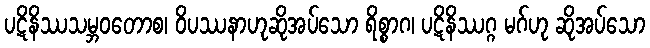
ပဋိနိဿသမ္ဘဝတောစ၊ ဝိပဿနာဟုဆိုအပ်သော ရိစ္စာဂ၊ ပဋိနိဿဂ္ဂ မဂ်ဟု ဆိုအပ်သော